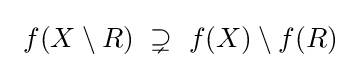
~f(X\setminus R)~\supsetneq ~f(X)\setminus f(R)~